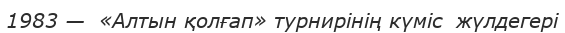
1983 —  «Алтын қолғап» турнирінің күміс  жүлдегері